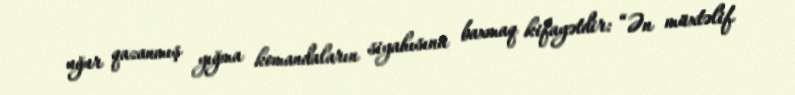
uğur qazanmış yığma komandaların siyahısına baxmaq kifayətdir: “Ən müxtəlif